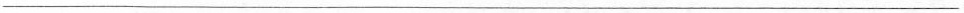
___